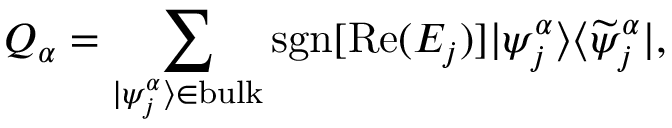
{ \cal Q } _ { \alpha } = \sum _ { | \psi _ { j } ^ { \alpha } \rangle \in \mathrm { b u l k } } \mathrm { s g n } [ \mathrm { R e } ( E _ { j } ) ] | \psi _ { j } ^ { \alpha } \rangle \langle \widetilde { \psi } _ { j } ^ { \alpha } | ,